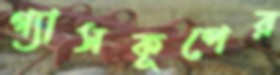
গ্যাসকূপের